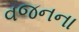
વજનના